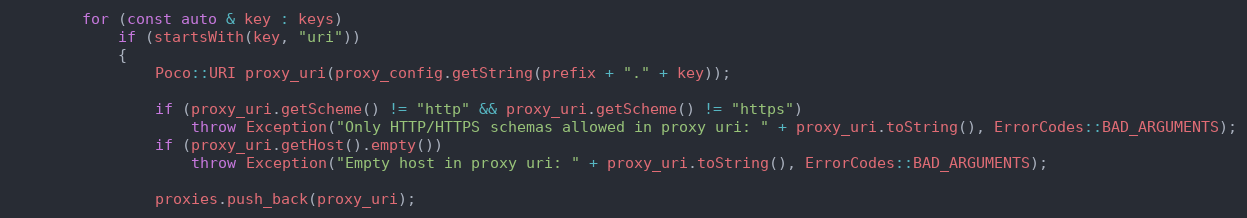
Language: C++
        for (const auto & key : keys)
            if (startsWith(key, "uri"))
            {
                Poco::URI proxy_uri(proxy_config.getString(prefix + "." + key));

                if (proxy_uri.getScheme() != "http" && proxy_uri.getScheme() != "https")
                    throw Exception("Only HTTP/HTTPS schemas allowed in proxy uri: " + proxy_uri.toString(), ErrorCodes::BAD_ARGUMENTS);
                if (proxy_uri.getHost().empty())
                    throw Exception("Empty host in proxy uri: " + proxy_uri.toString(), ErrorCodes::BAD_ARGUMENTS);

                proxies.push_back(proxy_uri);